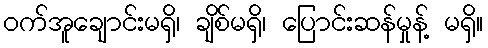
ဝက်အူချောင်းမရှိ၊ ချိစ်မရှိ၊ ပြောင်းဆန်မှုန့် မရှိ။